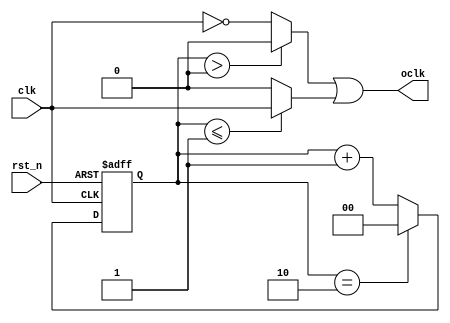
`timescale 1ns / 1ps

module odd_div_freq(
    input clk,
    input rst_n,

    output oclk
    );

parameter DIV = 3;
localparam CNT_WIDTH = $clog2(DIV + 1);

reg [CNT_WIDTH-1:0] cnt;
reg clk_tmp;
wire add_cnt, end_cnt;

always @ (posedge clk or negedge rst_n) begin
    if (!rst_n) begin
        cnt <= 0;
    end
    else if (add_cnt) begin
        if (end_cnt)
            cnt <= 0;
        else
            cnt <= cnt + 1'b1;
    end
end

assign add_cnt = 1;
assign end_cnt = add_cnt && cnt == DIV - 1;

wire clk_inv = ~clk;

always @ (*) begin
    if (add_cnt && cnt <= (DIV / 2 + 1) - 1)
        clk_tmp = clk;
    else
        clk_tmp = 0;
end

reg clk_inv_tmp;
always @ (*) begin
    if (add_cnt && cnt > (DIV / 2) - 1)
        clk_inv_tmp = 0;
    else
        clk_inv_tmp = clk_inv;
end

assign oclk = clk_inv_tmp | clk_tmp;

endmodule